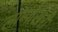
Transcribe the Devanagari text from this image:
लाम्पोखरी